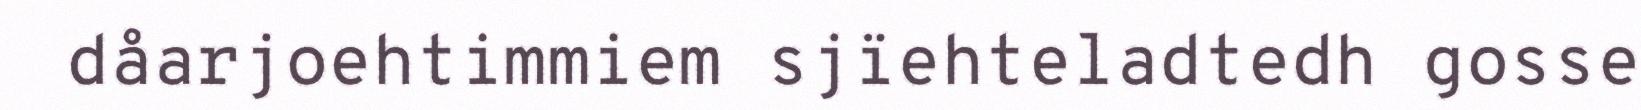
dåarjoehtimmiem sjïehteladtedh gosse